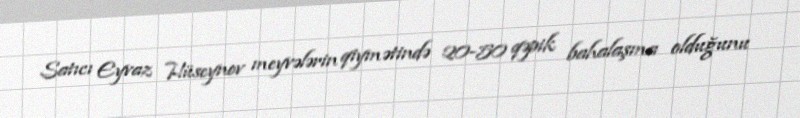
Satıcı Eyvaz Hüseynov meyvələrin qiymətində 20-50 qəpik bahalaşma olduğunu